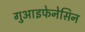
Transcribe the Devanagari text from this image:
गुआइफेनेसिन